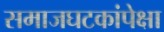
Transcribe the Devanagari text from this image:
समाजघटकांपेक्षा